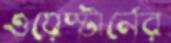
ওয়েস্টার্নের